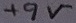
Text: +9V